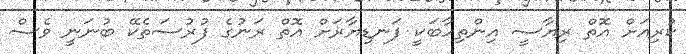
ކުރިއަށް އޮތް ރިޔާސީ އިންތިހާބަކީ ފަނޑިޔާރަށް އޮތް ރަނުގެ ފުރުސަތެކޭ ބުނަނީ ވެސް